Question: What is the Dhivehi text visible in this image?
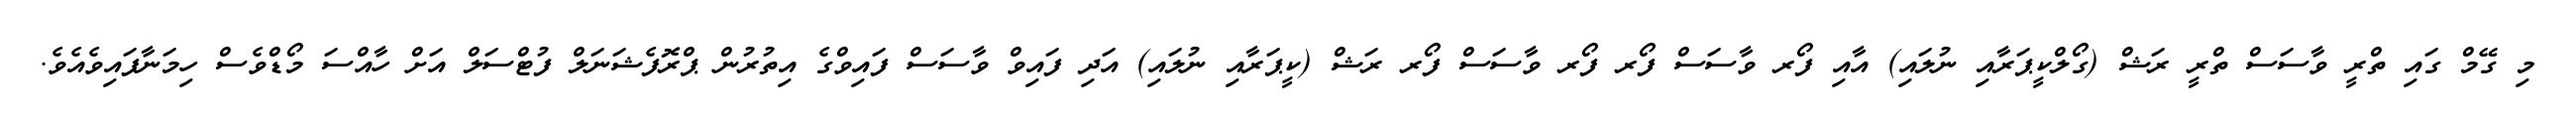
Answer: މި ގޭމް ގައި ތްރީ ވާސަސް ތްރީ ރަޝް (ގޯލްކީޕަރާއި ނުލައި) އާއި ފޯރ ވާސަސް ފޯރ ފޯރ ވާސަސް ފޯރ ރަޝް (ކީޕަރާއި ނުލައި) އަދި ފައިވް ވާސަސް ފައިވްގެ އިތުރުން ޕްރޮފެޝަނަލް ފުޓްސަލް އަށް ހާއްސަ މޯޑްވެސް ހިމަނާފައިވެއެވެ.